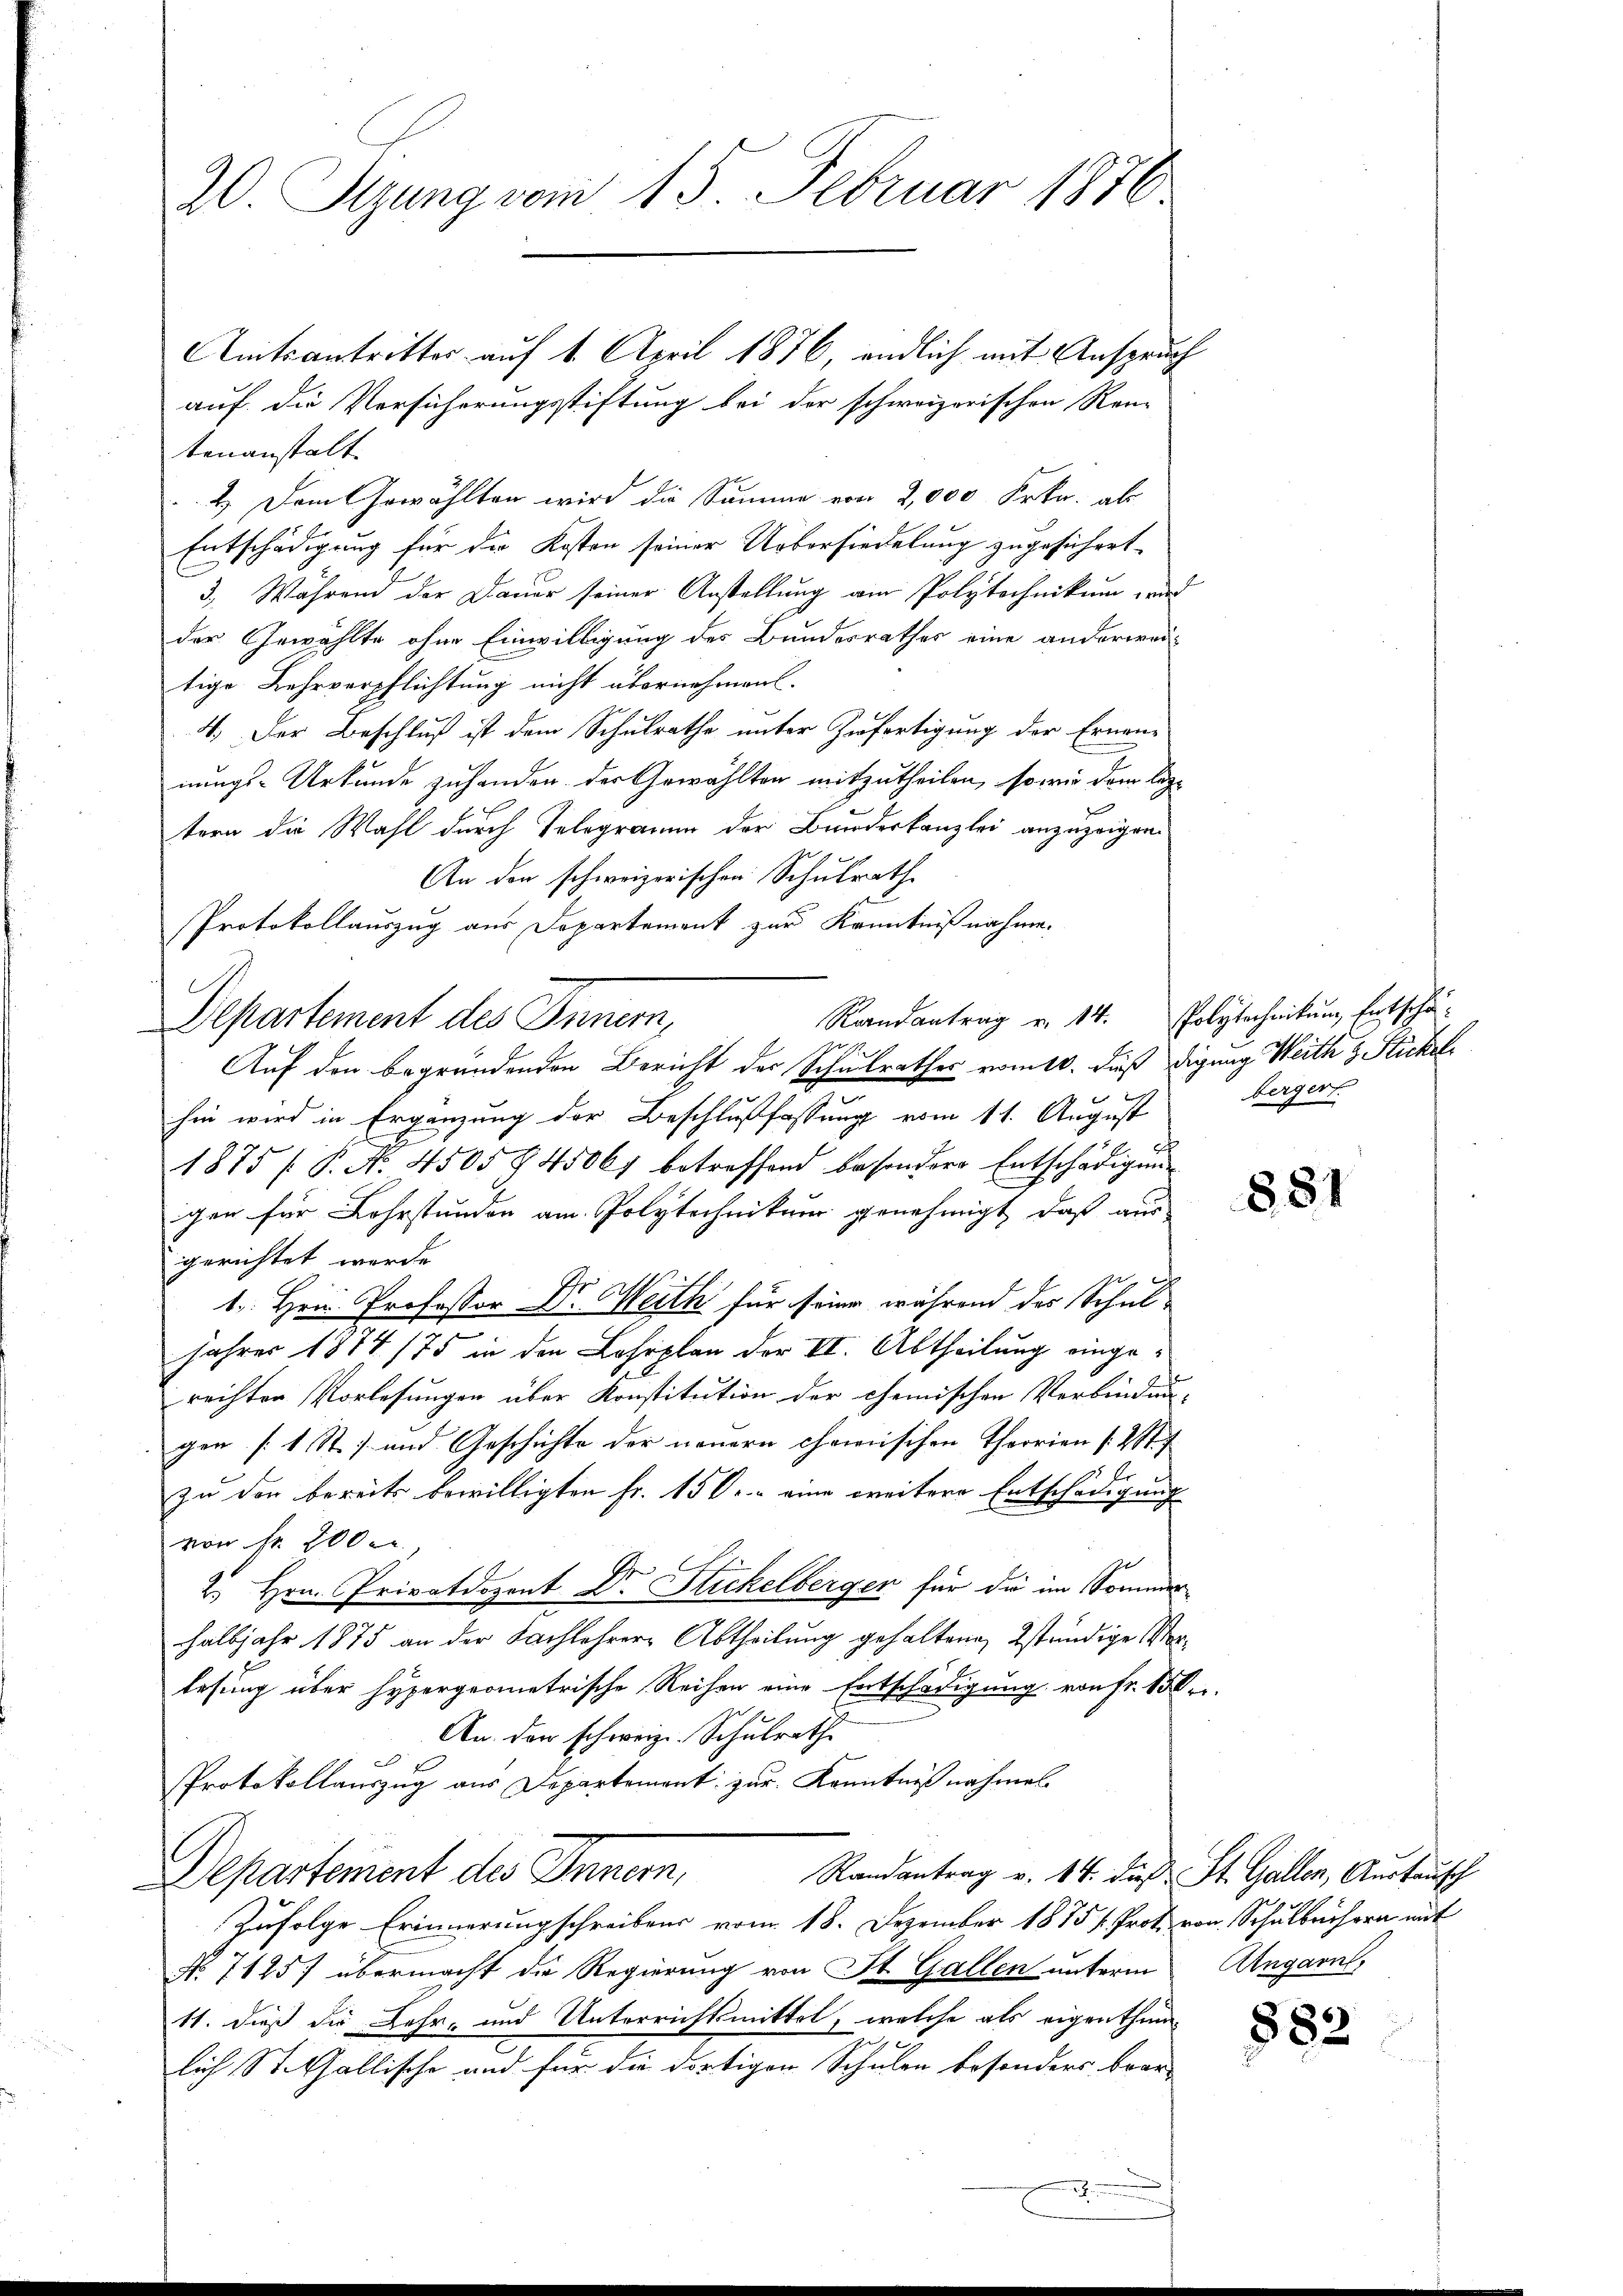
20 Sizung vom 15. Februar 1876

auf die Versicherungsstiftung bei der schweizerischen Ren-
tenanstalt.
2.) Dem Gewählten wird die Summe von 2,000 Frkn. als
Entschädigung für die Kosten seiner Uebersiedelung zugesichert.
3.) Während der Dauer seiner Anstellung am Polytechnikum und
der Gewählte ohne Einwilligung des Bundesrathes eine anderwei-
tige Lehrverpflichtung nicht übernehmen.
4.) Der Beschluß ist dem Schulrathe unter Zufertigung der Ernen-
nungs-Urkunde zuhanden der Gewählten mitzutheilen, sowie vom leztern die Wahl durch Telegramm der Bundeskanzlei anzuzeigen.
An den schweizerischen Schulrath
Protokollauszug aus Departement zur Kenntnißnahme.
Departement des Innern,
1.
Auf den begründenden Bericht der Schulrathes vom 10. dieß digung Weith z. Stickel
 x
hin wird in Ergänzung der Beschlußfassung vom 11. August
1875 P. No. 450594500 betreffend besondere Entschädigung
gen für Lohrstunden am Polytechnitur genehmigt, daß aus
gerichtet werde.
1. Hrn. Professor Dr. Weith für seiner während des Schul-
Jahres 1884/75 in den Lehrplan der II. Abtheilung eingerechten Vorlesungen über Konstitution der chemischen Verbindung-
gen (1 St.) und Geschichte der neuern chemischen Theorien 2 St.
zu den bereits bewilligten Fr. 150.- eine weitere Entschädigung
von fr. 200 er
2. Hrn. Privatdozent Dr. Stickelberger für die im Sommer
halbjahr 1875 an der Sachlehrere Abtheilung gehaltenen ständige Vorlesung über hypergeometrische Reihen eine Entschädigung von Fr. 150 r.
An den schweiz. Schulrathe
c
Protokollauszug aus Departement zur Kenntniß nochmal.
Randantrag v. 14. das St. Gallen, Austausch
Departement des Innern,
Zufolge Erinnerungschreibens vom 18. Dezember 1875 u. Prot. von Schulbrüchern mit
No 71457 übermacht die Regierung von St. Gallen unterm Ungarnl
11. dieß die Lehr- und Unterrichtsmittel, welche als eigenthum
lich St. Gallische und für die dortigen Schulen besonders bean-

Amtsantritter auf 1. April 1876, endlich mit Anspruch

.

Raandantrag v. 14. Polytechnikum Entschäbergert

881

882